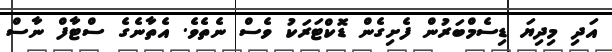
އަދި މިދިޔަ ޑިސެމްބަރުން ފެށިގެން ޑޮކްޓަރަކު ވެސް ނެތެވެ. އެތާނެގެ ސްޓާފް ނާސް